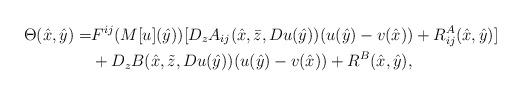
LaTeX: \begin{align*}\Theta(\hat x, \hat y) = & F^{ij}(M[u](\hat y)) [D_zA_{ij}(\hat x, \bar z, Du(\hat y)) (u(\hat y)-v(\hat x)) + R^A_{ij}(\hat x, \hat y)] \\ & + D_zB(\hat x, \tilde z, Du(\hat y)) (u(\hat y)-v(\hat x)) + R^B(\hat x, \hat y), \end{align*}